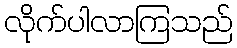
လိုက်ပါလာကြသည်